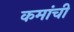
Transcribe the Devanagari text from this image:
कमांची